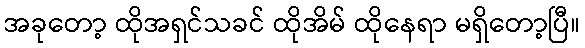
အခုတော့ ထိုအရှင်သခင် ထိုအိမ် ထိုနေရာ မရှိတော့ပြီ။